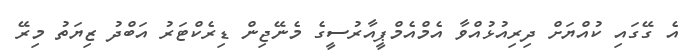
އެ ގޭގައި ކުއްޔަށް ދިރިއުޅުއްވާ އެމްއެމްޕީއާރުސީގެ މެނޭޖިން ޑިރެކްޓަރު އަބްދު ޒިޔަތު މިރޭ